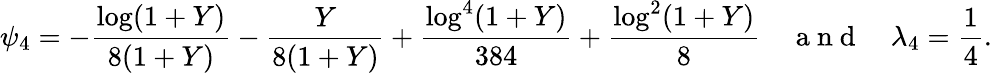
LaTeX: \psi_{4}=-\frac{\log(1+Y)}{8(1+Y)}-\frac{Y}{8(1+Y)}+\frac{\log^{4}(1+Y)}{384}+\frac{\log^{2}(1+Y)}{8}\quad\mathrm{~a~n~d~}\quad\lambda_{4}=\frac{1}{4}.